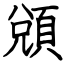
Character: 䫄